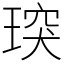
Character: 㻠